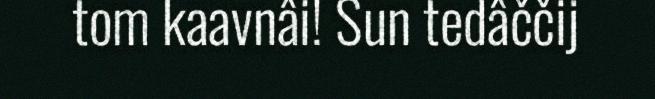
tom kaavnâi! Sun tedâččij